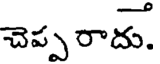
చెప్ప రాదు.